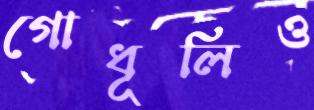
গোধূলিও